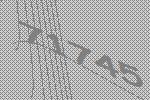
71745